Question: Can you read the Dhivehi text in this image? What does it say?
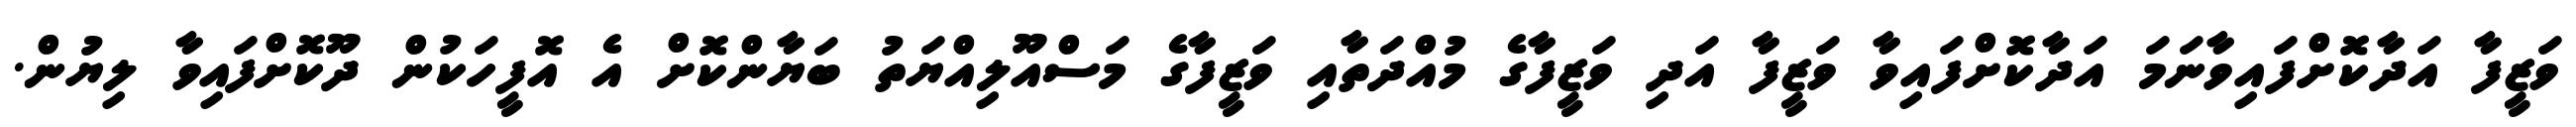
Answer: ވަޒީފާ އަދާކޮށްފައިވާނަމަ އަދާކޮށްފައިވާ ވަޒީފާ އަދި ވަޒީފާގެ މުއްދަތާއި ވަޒީފާގެ މަސްއޫލިއްޔަތު ބަޔާންކޮށް އެ އޮފީހަކުން ދޫކޮށްފައިވާ ލިޔުން.